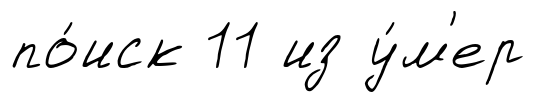
по́иск 11 из у́м'ер